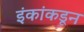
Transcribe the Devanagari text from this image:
इंकांकडून